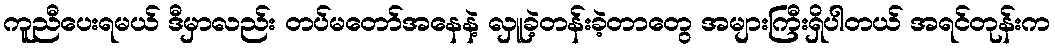
ကူညီပေးရမယ် ဒီမှာလည်း တပ်မတော်အနေနဲ့ လှူခဲ့တန်းခဲ့တာတွေ အများကြီးရှိပါတယ် အရင်တုန်းက